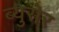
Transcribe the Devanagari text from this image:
ब्युसेर